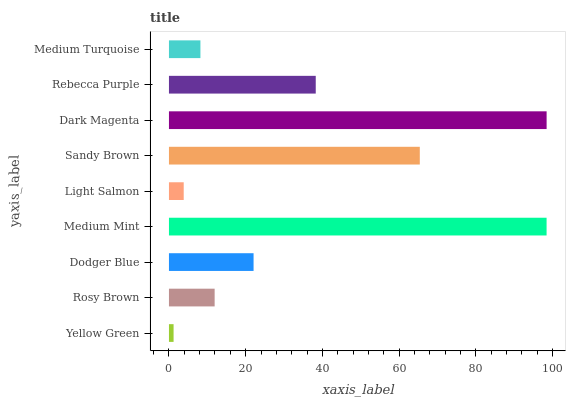
| yaxis_label | bars |
 | --- | --- |
 | Yellow Green | 1.21 |
 | Rosy Brown | 11.9 |
 | Dodger Blue | 22.1 |
 | Medium Mint | 98.4 |
 | Light Salmon | 3.85 |
 | Sandy Brown | 65.4 |
 | Dark Magenta | 98.4 |
 | Rebecca Purple | 38.3 |
 | Medium Turquoise | 8.2 |